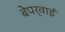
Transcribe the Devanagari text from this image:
बेपर्वाई